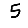
Digit: 5